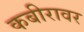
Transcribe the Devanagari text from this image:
कबीरावर